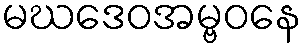
မဃဒေဝအမ္ဗဝနေ